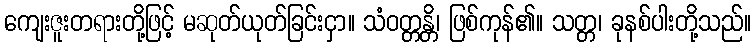
ကျေးဇူးတရားတို့ဖြင့် မဆုတ်ယုတ်ခြင်းငှာ။ သံဝတ္တန္တိ၊ ဖြစ်ကုန်၏။ သတ္တ၊ ခုနစ်ပါးတို့သည်။